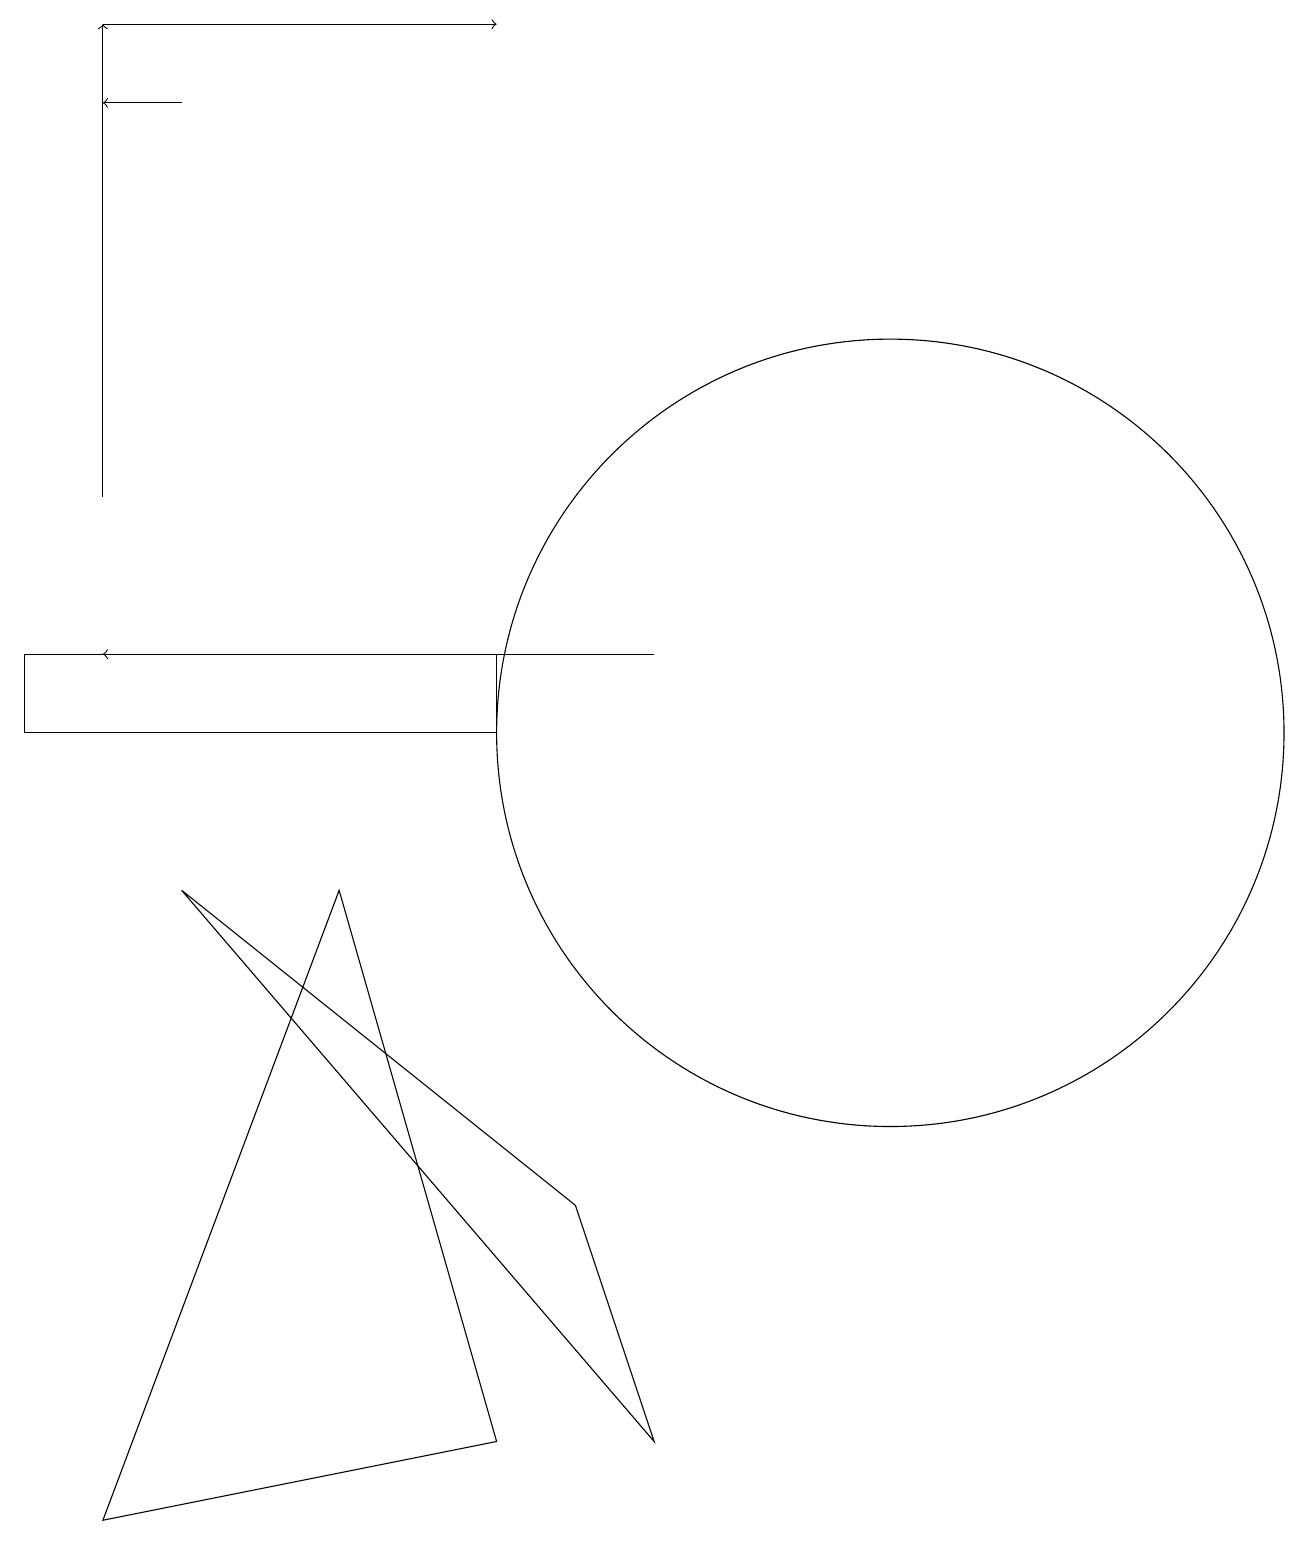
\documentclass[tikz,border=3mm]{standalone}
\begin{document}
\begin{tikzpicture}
\draw (12,10) circle (5);
\draw[->] (2,19) -- (7,19);
\draw[->] (2,13) -- (2,19);
\draw (5,8) -- (7,1) -- (2,0) -- cycle;
\draw[->] (9,11) -- (2,11);
\draw[->] (3,18) -- (2,18);
\draw (8,4) -- (9,1) -- (3,8) -- cycle;
\draw (7,10) rectangle (1,11);
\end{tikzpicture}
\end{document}